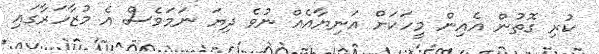
ކުރި ގޮތުން އެއިން މީހަކަށް އަނިޔާއެއް ނުވެ ދިޔަ ނަމަވެސް އެ މުޒާހަރާގައި